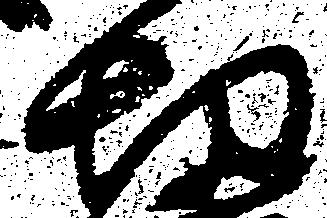
切